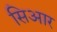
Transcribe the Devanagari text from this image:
सिआर